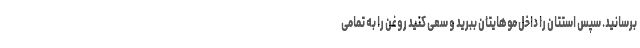
برسانید. سپس استتان را داخل موهایتان ببرید و سعی کنید روغن را به تمامی